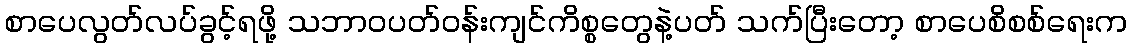
စာပေလွတ်လပ်ခွင့်ရဖို့ သဘာဝပတ်ဝန်းကျင်ကိစ္စတွေနဲ့ပတ် သက်ပြီးတော့ စာပေစိစစ်ရေးက